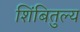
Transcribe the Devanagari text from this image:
शिंबितुल्य